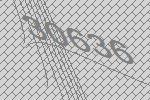
30636